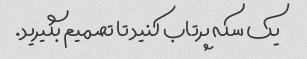
یک سکه پرتاب کنید تا تصمیم بگیرید.